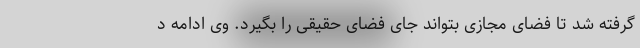
گرفته شد تا فضای مجازی بتواند جای فضای حقیقی را بگیرد. وی ادامه د